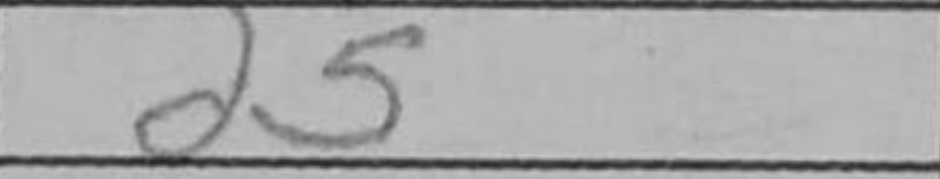
Transcription: d5